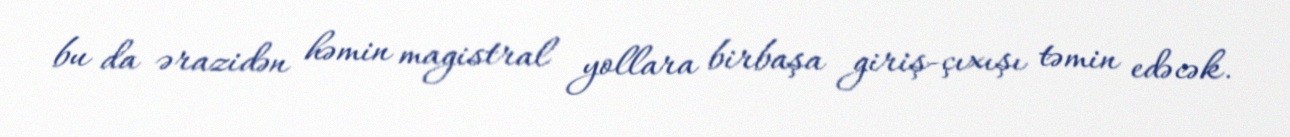
bu da ərazidən həmin magistral yollara birbaşa giriş-çıxışı təmin edəcək.